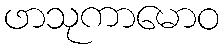
ဖာသုကာမောဝ